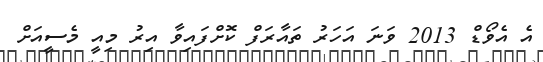
އެ އެވޯޑް 2013 ވަނަ އަހަރު ތައާރަފް ކޮށްފައިވާ އިރު މިއީ މެސީއަށް